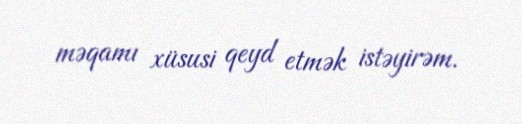
məqamı xüsusi qeyd etmək istəyirəm.